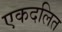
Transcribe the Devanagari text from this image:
एकदलित